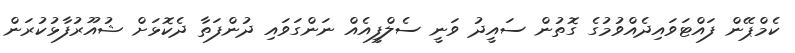
ކެމްޕޭން ފައްޓަަވައިދެއްވުމުގެ ގޮތުން ސައީދު ވަނީ ސެލްފީއެއް ނަންގަވައި ދުންފަތާ ދެކޮޅަށް ޝުއޫރުފާޅުކުރަން